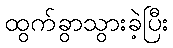
ထွက်ခွာသွားခဲ့ပြီး